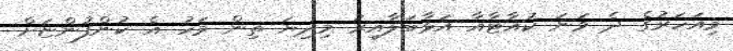
މިއަހަރުގެ ދެ ވަނަ ކުއާޓާއާ އަޅާބަލާއިރު މިދިޔަ ތިން މަހު އެ ކުންފުންޏަށް